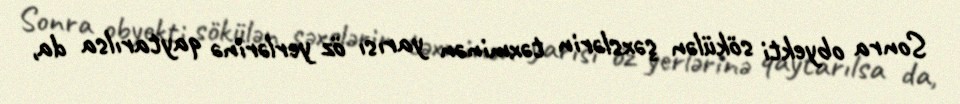
Sonra obyekti sökülən şəxslərin təxminən yarısı öz yerlərinə qaytarılsa da,